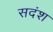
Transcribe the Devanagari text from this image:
सदंश